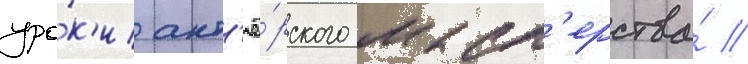
уро́к'и акт'ё́рского маст'ерства́ //